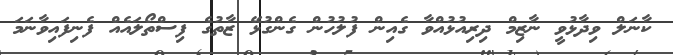
ކާނަލް ވިދާޅުވީ ނާޒިމް ދިރިއުޅުއްވާ ގެއިން ފުލުހުން ގެންގުޅޭ ޒާތުގެ ފިސްތޯލައެއް ފެނިފައިވާނަމަ